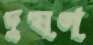
দুষণ